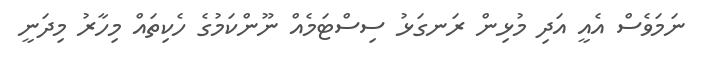
ނަމަވެސް އެއީ އަދި މުޅިން ރަނގަޅު ސިސްޓަމެއް ނޫންކަމުގެ ހެކިތައް މިހާރު މިދަނީ